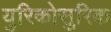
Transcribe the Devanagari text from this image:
युरिकोसुरिक